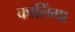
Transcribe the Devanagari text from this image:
कालिंगा